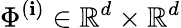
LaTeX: \Phi^{(\mathbf{i})}\in\mathbb{{R}}^{d}\times\mathbb{{R}}^{d}